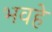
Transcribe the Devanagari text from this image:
भवहे